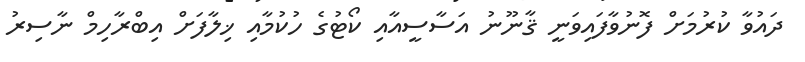
ދައުވާ ކުރުމަށް ފޮނުވާފައިވަނީ ޤާނޫނު އަސާސީއާއި ކޯޓުގެ ހުކުމާއި ޚިލާފަށް އިބްރާހިމް ނާސިރު